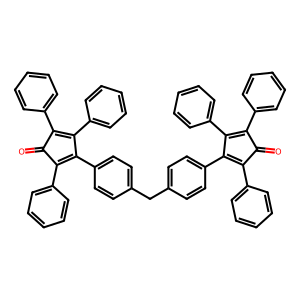
SMILES: O=C1C(c2ccccc2)=C(c2ccccc2)C(c2ccc(Cc3ccc(C4=C(c5ccccc5)C(=O)C(c5ccccc5)=C4c4ccccc4)cc3)cc2)=C1c1ccccc1
Inhibits HIV replication: No